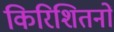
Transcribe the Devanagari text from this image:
किरिशितनों